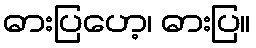
ဓားပြဟေ့၊ ဓားပြ။